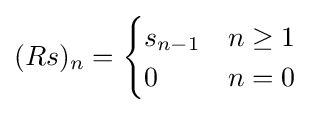
(Rs)_{n}={\begin{cases}s_{n-1}&n\geq 1\\0&n=0\end{cases}}